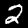
Label: 2